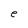
Character: e